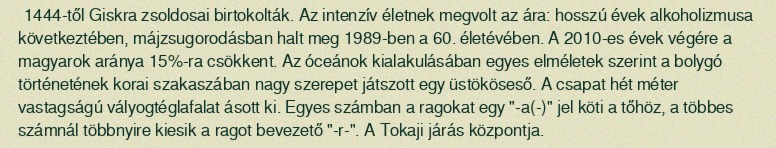
1444-től Giskra zsoldosai birtokolták. Az intenzív életnek megvolt az ára: hosszú évek alkoholizmusa következtében, májzsugorodásban halt meg 1989-ben a 60. életévében. A 2010-es évek végére a magyarok aránya 15%-ra csökkent. Az óceánok kialakulásában egyes elméletek szerint a bolygó történetének korai szakaszában nagy szerepet játszott egy üstököseső. A csapat hét méter vastagságú vályogtéglafalat ásott ki. Egyes számban a ragokat egy "-a(-)" jel köti a tőhöz, a többes számnál többnyire kiesik a ragot bevezető "-r-". A Tokaji járás központja.